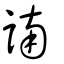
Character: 諵